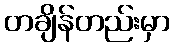
တချိန်တည်းမှာ